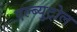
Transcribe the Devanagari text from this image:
एल्ब्युट्रोल